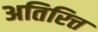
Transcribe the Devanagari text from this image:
अतिरित्त